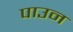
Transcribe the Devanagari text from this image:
पाउन